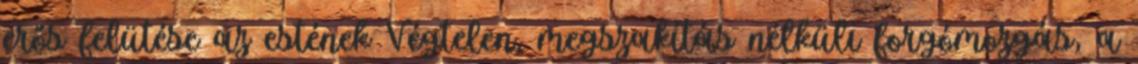
erős felütése az estének Végtelen, megszakítás nélküli forgómozgás, a